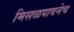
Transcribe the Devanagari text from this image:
मिसळपावनेच